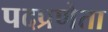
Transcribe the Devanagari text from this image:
पदप्रणेता